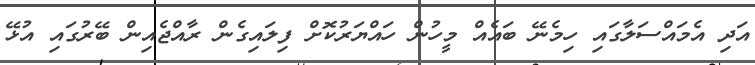
އަދި އެމައްސަލާގައި ހިމެނޭ ބައެއް މީހުން ހައްޔަރުކޮށް ފިލައިގެން ރާއްޖެއިން ބޭރުގައި އުޅޭ